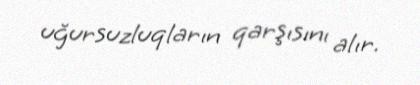
uğursuzluqların qarşısını alır.